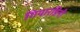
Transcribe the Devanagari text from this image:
गियारडिनी